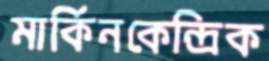
মার্কিনকেন্দ্রিক